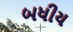
બધીય